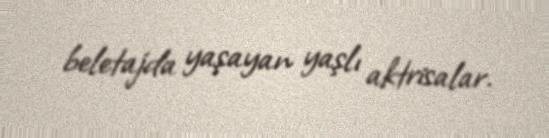
beletajda yaşayan yaşlı aktrisalar.